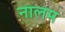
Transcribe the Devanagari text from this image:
नालम